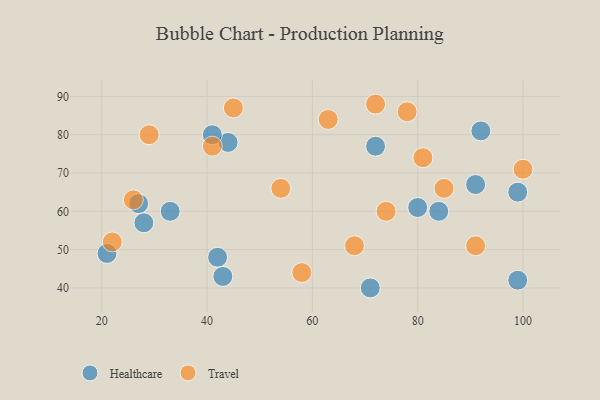
{"axis": {"x": "GDP", "y": "Life Expectancy"}, "legend": ["Healthcare", "Travel"], "data": [{"x": "71", "y": 40, "type": "Healthcare"}, {"x": "80", "y": 61, "type": "Healthcare"}, {"x": "44", "y": 78, "type": "Healthcare"}, {"x": "92", "y": 81, "type": "Healthcare"}, {"x": "84", "y": 60, "type": "Healthcare"}, {"x": "72", "y": 77, "type": "Healthcare"}, {"x": "27", "y": 62, "type": "Healthcare"}, {"x": "28", "y": 57, "type": "Healthcare"}, {"x": "91", "y": 67, "type": "Healthcare"}, {"x": "99", "y": 65, "type": "Healthcare"}, {"x": "41", "y": 80, "type": "Healthcare"}, {"x": "42", "y": 48, "type": "Healthcare"}, {"x": "43", "y": 43, "type": "Healthcare"}, {"x": "33", "y": 60, "type": "Healthcare"}, {"x": "99", "y": 42, "type": "Healthcare"}, {"x": "21", "y": 49, "type": "Healthcare"}, {"x": "100", "y": 71, "type": "Travel"}, {"x": "91", "y": 51, "type": "Travel"}, {"x": "78", "y": 86, "type": "Travel"}, {"x": "72", "y": 88, "type": "Travel"}, {"x": "45", "y": 87, "type": "Travel"}, {"x": "58", "y": 44, "type": "Travel"}, {"x": "81", "y": 74, "type": "Travel"}, {"x": "22", "y": 52, "type": "Travel"}, {"x": "85", "y": 66, "type": "Travel"}, {"x": "68", "y": 51, "type": "Travel"}, {"x": "63", "y": 84, "type": "Travel"}, {"x": "41", "y": 77, "type": "Travel"}, {"x": "26", "y": 63, "type": "Travel"}, {"x": "54", "y": 66, "type": "Travel"}, {"x": "74", "y": 60, "type": "Travel"}, {"x": "29", "y": 80, "type": "Travel"}]}